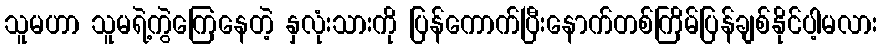
သူမဟာ သူမရဲ့ကွဲကြေနေတဲ့ နှလုံးသားကို ပြန်ကောက်ပြီးနောက်တစ်ကြိမ်ပြန်ချစ်နိုင်ပါ့မလား